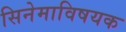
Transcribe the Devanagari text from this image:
सिनेमाविषयक